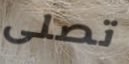
تصلى